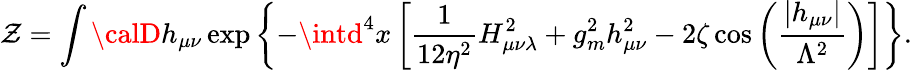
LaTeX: {\cal\mathcal{Z}}=\int{\calD}h_{\mu\nu}\exp\left\{ -\intd^{4}x\left[\frac{{1}}{{12\eta^{2}}}H_{\mu\nu\lambda}^{2}+g_{m}^{2}h_{\mu\nu}^{2}-2\zeta\cos\left(\frac{{\left|h_{\mu\nu}\right|}}{{\Lambda^{2}}}\right)\right]\right\} .